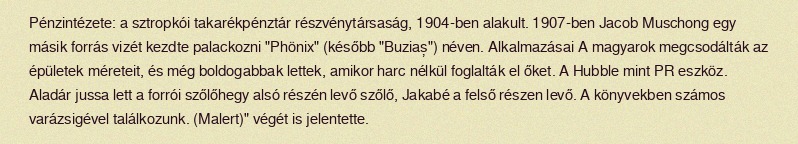
Pénzintézete: a sztropkói takarékpénztár részvénytársaság, 1904-ben alakult. 1907-ben Jacob Muschong egy másik forrás vizét kezdte palackozni "Phönix" (később "Buziaș") néven. Alkalmazásai A magyarok megcsodálták az épületek méreteit, és még boldogabbak lettek, amikor harc nélkül foglalták el őket. A Hubble mint PR eszköz. Aladár jussa lett a forrói szőlőhegy alsó részén levő szőlő, Jakabé a felső részen levő. A könyvekben számos varázsigével találkozunk. (Malert)" végét is jelentette.